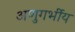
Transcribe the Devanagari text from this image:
अणुगर्भीय